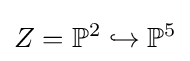
Z=\mathbb {P} ^{2}\hookrightarrow \mathbb {P} ^{5}